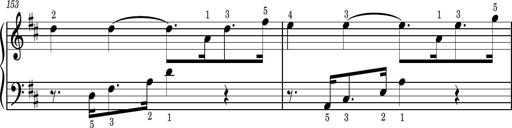
Title: Easy Progressive Lessons and 4 Sonatinas
Composer: Thomas Attwood